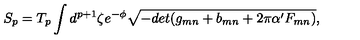
S _ { p } = T _ { p } \int d ^ { p + 1 } \zeta e ^ { - \phi } \sqrt { - d e t ( g _ { m n } + b _ { m n } + 2 \pi \alpha ^ { \prime } F _ { m n } ) } ,